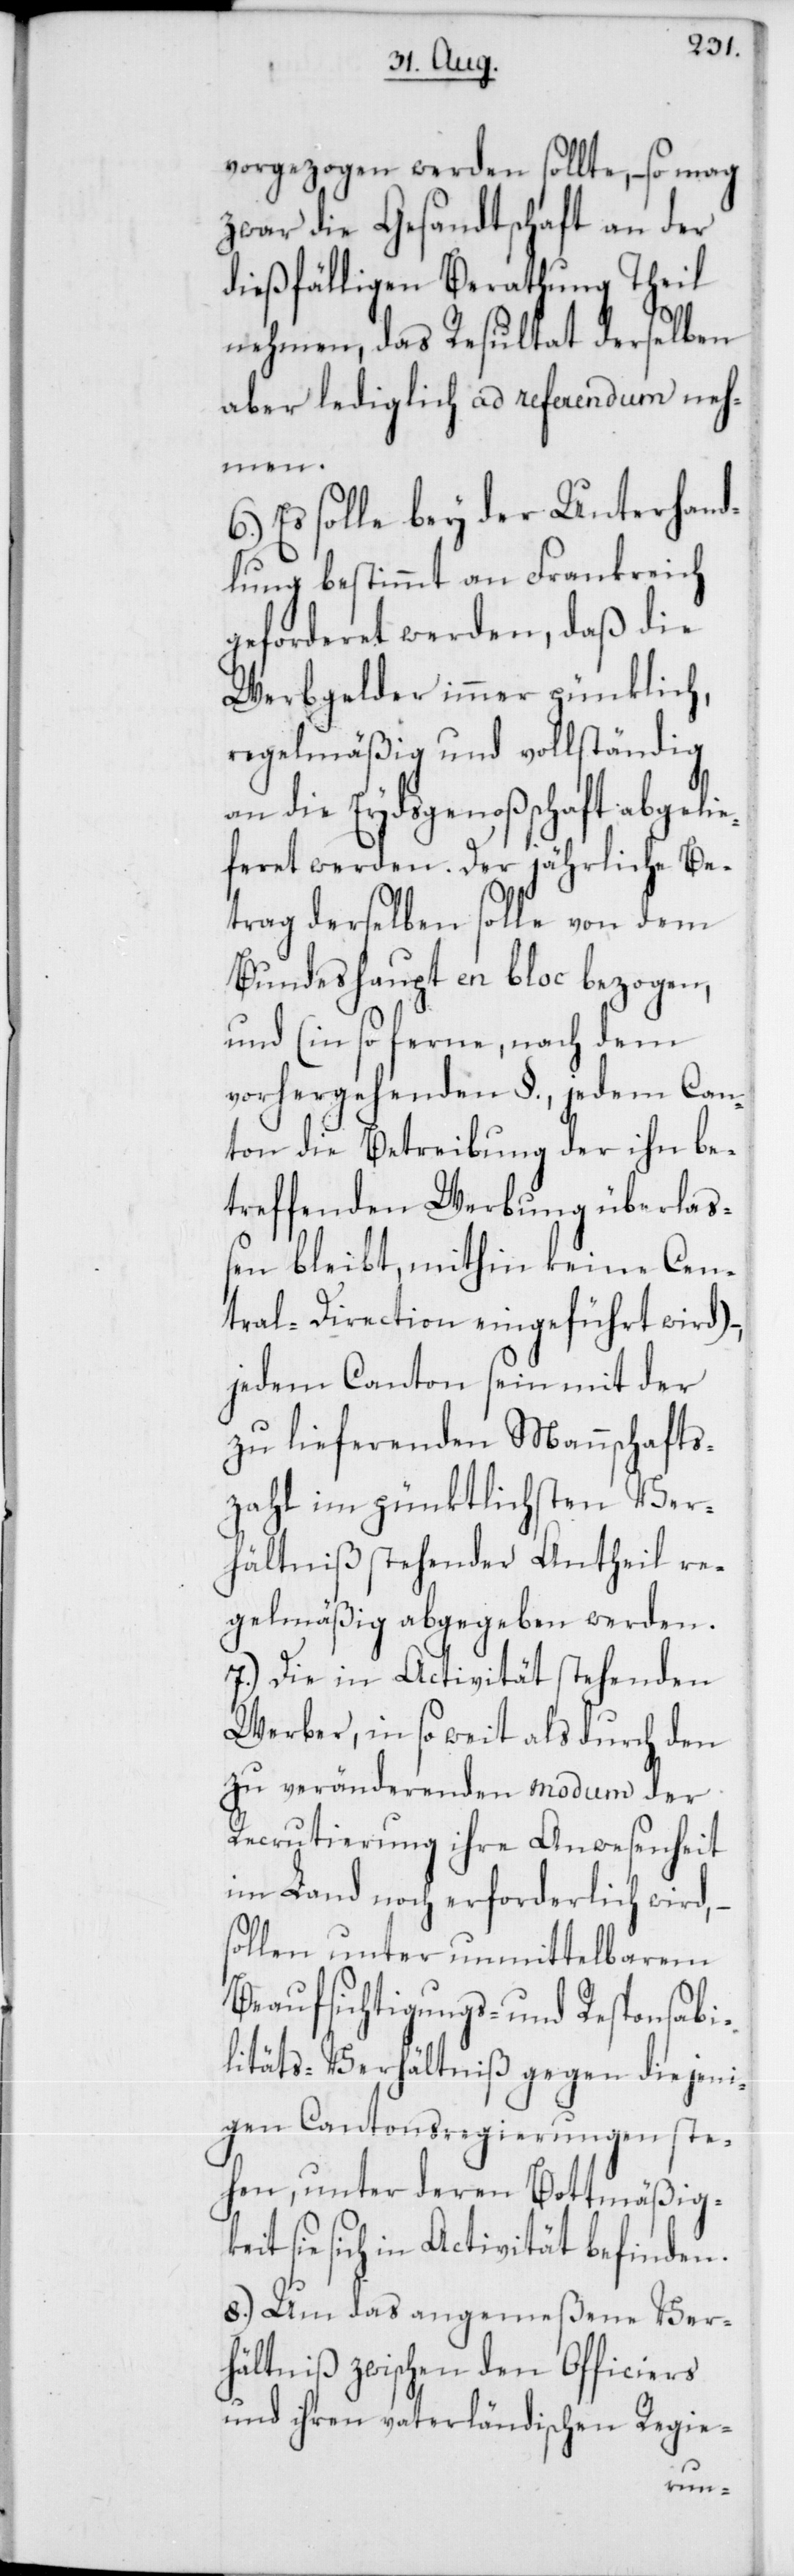
vorgezogen werden sollte, – so mag
zwar die Gesandtschaft an der
dießfälligen Berathung Theil
nehmen, das Resultat derselben
aber lediglich ad referendum neh¬
men.
Es solle bey der Unterhand¬
lung bestimmt an Frankreich
geforderet werden, daß die
Werbgelder immer pünktlich,
regelmäßig und vollständig
an die Eydsgenoßenschaft abgelie¬
feret werden. Der jährliche Be¬
trag derselben solle von dem
Bundeshaupt en bloc bezogen,
und (in so ferne, nach dem
vorhergehenden §., jedem Can¬
ton die Betreibung der ihn be¬
treffenden Werbung überlaß¬
en bleibt, mithin keine Cen¬
tral-Direction eingeführt wird),
jedem Canton seyn mit der
zu lieferenden Mannschafts¬
zahl im pünktlichsten Ver¬
hältniß stehender Antheil re¬
gelmäßig abgegeben werden.
7.) Die in Activität stehenden
Werber, in so weit als durch den
zu veränderenden modum der
Recrutierung ihre Anwesenheit
im Land noch erforderlich wird, –
sollen unter unmittelbarem
Beaufsichtigungs- und Responsabi¬
litäts-Verhältniß gegen diejeni¬
gen Cantonsregierungen ste¬
hen, unter deren Bottmäßigk¬
eit sie sich in Activität befinden.
8.) Um das angemeßene Ver¬
hältniß zwischen den Officiers
und ihren vaterländischen Regie-